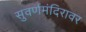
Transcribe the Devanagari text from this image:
सुवर्णमंदिरावर